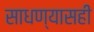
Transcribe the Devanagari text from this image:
साधण्यासही